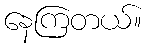
နေကြတယ်။